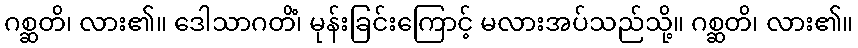
ဂစ္ဆတိ၊ လား၏။ ဒေါသာဂတိံ၊ မုန်းခြင်းကြောင့် မလားအပ်သည်သို့။ ဂစ္ဆတိ၊ လား၏။